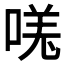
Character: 𫪾